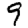
Digit: 9